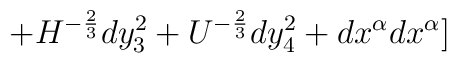
+H^{-{2\over3}}dy_3^2+U^{-{2\over3}}dy_4^2+dx^{\alpha}dx^{\alpha}]